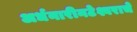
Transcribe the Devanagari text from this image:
अर्धनारीनटेश्वराचे